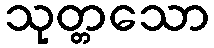
သုတ္တသော